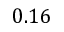
0 . 1 6